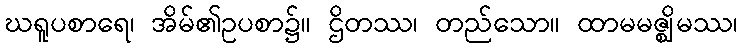
ဃရူပစာရေ၊ အိမ်၏ဥပစာ၌။ ဌိတဿ၊ တည်သော။ ထာမမဇ္ဈိမဿ၊